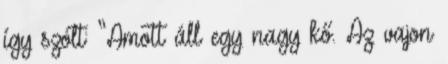
így szólt: “Amott áll egy nagy kő. Az vajon